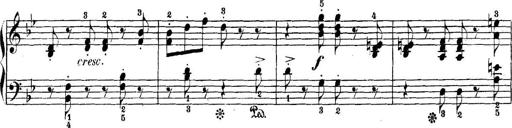
Title: 5 Sonatinas
Composer: Theodor Kirchner